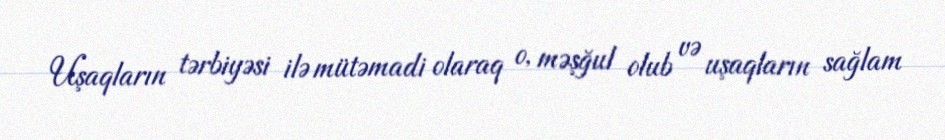
Uşaqların tərbiyəsi ilə mütəmadi olaraq o, məşğul olub və uşaqların sağlam